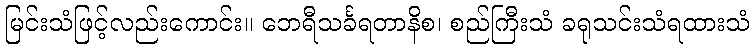
မြင်းသံဖြင့်လည်းကောင်း။ ဘေရီသင်္ခရတာနိစ၊ စည်ကြီးသံ ခရုသင်းသံရထားသံ